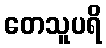
တေသူပရိ